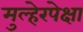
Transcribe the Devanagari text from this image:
मुल्हेरपेक्षा